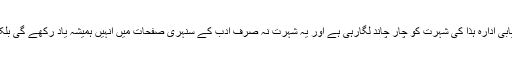
یہی وجہ ہے کہ عالمی سطح پر کامیابی در کامیابی ادارۂ ہٰذا کی شہرت کو چار چاند لگارہی ہے اور یہ شہرت نہ صرف ادب کے سنہری صفحات میں انہیں ہمیشہ یاد رکھے گی بلکہ یہ ادبی خدمت انہیں اوج ثریا مقدور کرے گی۔